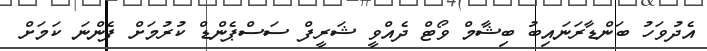
އެދުވަހު ބަންޑާރަނައިބު ބިޝާމް ވޯޓް ދެއްވީ ޝަރީފް ސަސްޕެންޑް ކުރުމަށް ފެންނަ ކަމަށް